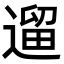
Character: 遛